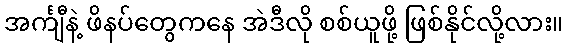
အင်္ကျီနဲ့ ဖိနပ်တွေကနေ အဲဒီလို စစ်ယူဖို့ ဖြစ်နိုင်လို့လား။